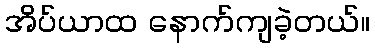
အိပ်ယာထ နောက်ကျခဲ့တယ်။